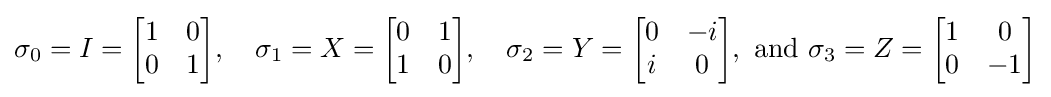
\sigma _{0}=I={\begin{bmatrix}1&0\\0&1\end{bmatrix}},\quad \sigma _{1}=X={\begin{bmatrix}0&1\\1&0\end{bmatrix}},\quad \sigma _{2}=Y={\begin{bmatrix}0&-i\\i&0\end{bmatrix}},{\text{ and }}\sigma _{3}=Z={\begin{bmatrix}1&0\\0&-1\end{bmatrix}}